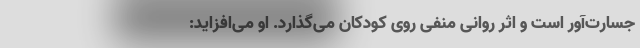
جسارت‌آور است و اثر روانی منفی روی کودکان می‌گذارد. او می‌افزاید: